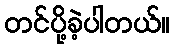
တင်ပို့ခဲ့ပါတယ်။